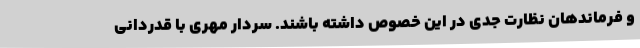
و فرماندهان نظارت جدی در این خصوص داشته باشند. سردار مهری با قدردانی